Civil Veterinary Department. United Provinces 1932-42 - 1932-1942
Year: 1932
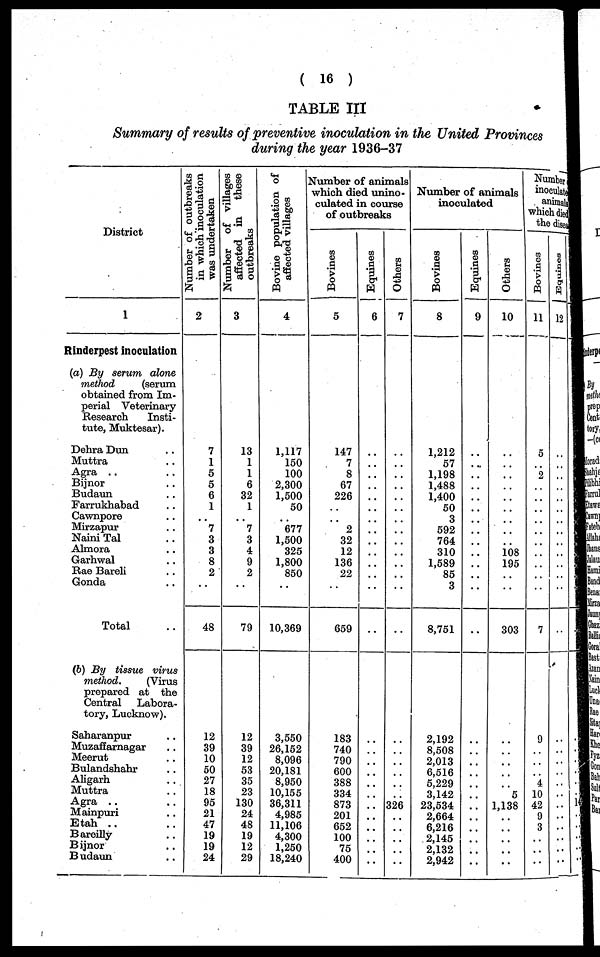
( 16 )
TABLE III
Summary of results of preventive inoculation in the United Provinces
during the year 1936-37
District
1
Rinderpest inoculation
(a) By serum alone
method
(serum
obtained from Im-
perial Veterinary
Research
Insti-
tute, Muktesar).
Dehra Dun ..
Muttra ..
Agra ..
Bijnor ..
Budaun ..
Farrukhabad ..
Cawnpor ..
Mirzapur ..
Naini Tal ..
Almora ..
Garhwal
Rae Bareli ..
Gonda ..
Total ..
(b) By tissue virus
method.
(Virus
prepared at the
Central
Labora-
tory, Lucknow).
Saharanpur ..
Muzaffarnagar ..
Meerut ..
Bulandshahr ..
Aligarh ..
Muttra ..
Agra ..
Mainpuri ..
Etah ..
Bareilly ..
Bijnor ..
Budaun ..
Number of outbreaks
in which inoculation
was undertaken
2
7
1
5
5
6
1
..
7
3
3
8
2
..
48
12
39
10
50
27
18
95
21
47
19
19
24
Number of villages
affected in
these
outbreaks
3
13
1
1
6
32
1
..
7
3
4
9
2
..
79
12
39
12
53
35
23
130
24
48
19
12
29
Bovine population of
affected villages
4
1,117
150
100
2,300
1,500
50
..
677
1,500
325
1,800
850
..
10,369
3,550
26,152
8,096
20,181
8,950
10,155
36,311
4,985
11,106
4,300
1,250
18,240
Number of animals
which died unino-
culated in course
of outbreaks
Bovines
5
147
7
8
67
226
..
..
2
32
12
136
22
..
659
183
740
790
600
388
334
873
201
652
100
75
400
Equines
6
..
..
..
..
..
..
..
..
..
..
..
..
..
..
..
..
..
..
..
..
..
..
..
..
..
..
Others
7
..
..
..
..
..
..
..
..
..
..
..
..
..
..
..
..
..
..
..
..
326
..
..
..
..
..
Number of animals
inoculated
Bovines
8
1,212
57
1,198
1,488
1,400
50
3
592
764
310
1,589
85
3
8,751
2,192
8,508
2,013
6,516
5,229
3,142
23,534
2,664
6,216
2,145
2,132
2,942
Equines
9
..
..
..
..
..
..
..
..
..
..
..
..
..
..
..
..
..
..
..
..
..
..
..
..
..
Others
10
..
..
..
..
..
..
..
..
..
108 195
..
..
303
..
..
..
..
..
5
1,138
..
..
..
..
..
Number
inoculat
anima
which die
the dise
Bovines
11
5
..
2
..
..
..
..
..
..
..
..
..
..
7
9
..
..
..
4
10
42
9
3
..
..
..
Equines
12
..
..
..
..
..
..
..
..
..
..
..
..
..
..
..
..
..
..
..
..
..
..
..
..
..
..